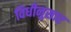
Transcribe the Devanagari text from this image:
विधीनुसार